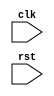
module SimonControl(
	// External Inputs
	input        clk,           // Clock
	input        rst,           // Reset

	// Datapath Inputs
	// input     localin1,

	// Datapath Control Outputs
	// output    control1,

	// External Outputs
	// output [2:0] mode_leds
);

	// Declare Local Vars Here
	// reg [X:0] state;
	// reg [X:0] next_state;

	// LED Light Parameters
	localparam LED_MODE_INPUT    = 3'b001;
	localparam LED_MODE_PLAYBACK = 3'b010;
	localparam LED_MODE_REPEAT   = 3'b100;
	localparam LED_MODE_DONE     = 3'b111;

	// Declare State Names Here
	//localparam STATE_ONE = 2'd0;

	// Output Combinational Logic
	always @( * ) begin
		// Set defaults
		// signal_one = 0; ...

		// Write your output logic here
	end

	// Next State Combinational Logic
	always @( * ) begin
		// Write your Next State Logic Here
		// next_state = ???
	end

	// State Update Sequential Logic
	always @(posedge clk) begin
		if (rst) begin
			// Update state to reset state
			// state <= STATE_ONE;
		end
		else begin
			// Update state to next state
			// state <= next_state;
		end
	end

endmodule